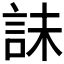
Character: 𰴫